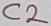
Text: C2